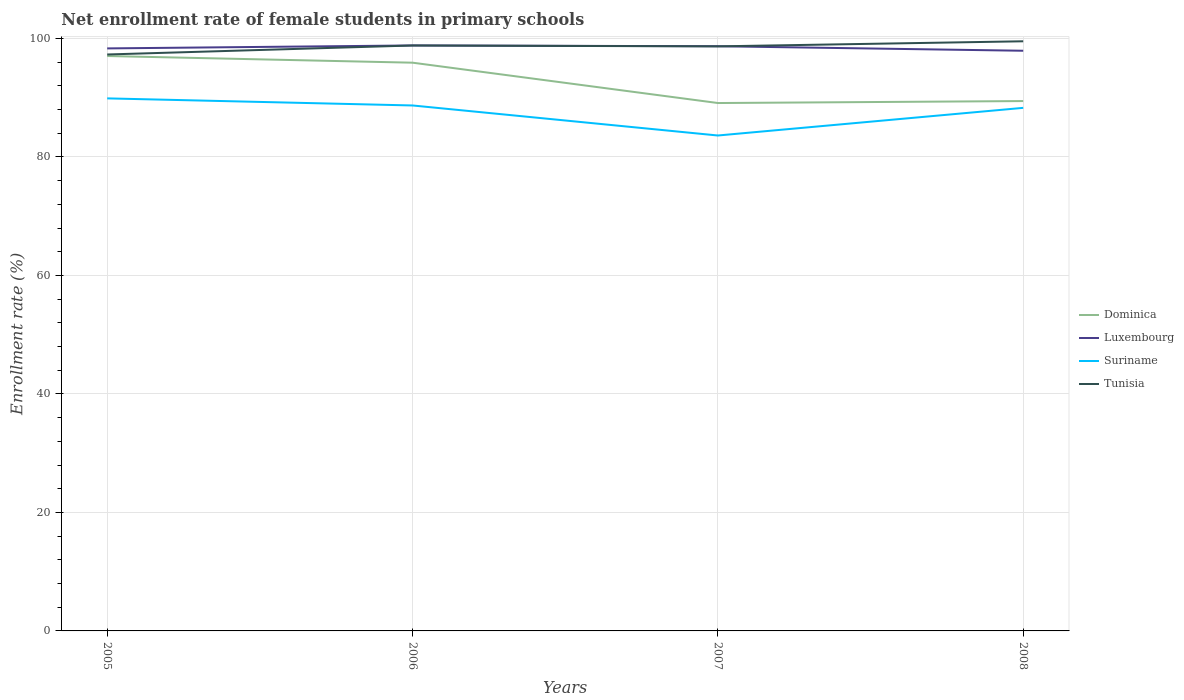
| Years | Dominica | Luxembourg | Suriname | Tunisia |
 | --- | --- | --- | --- | --- |
 | 2005 | 97 | 98.3 | 89.9 | 97.3 |
 | 2006 | 95.9 | 98.8 | 88.7 | 98.8 |
 | 2007 | 89.1 | 98.7 | 83.6 | 98.7 |
 | 2008 | 89.4 | 97.9 | 88.3 | 99.5 |